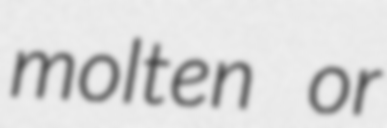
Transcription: molten or